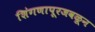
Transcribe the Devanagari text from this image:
शिंगणापूरजवळून